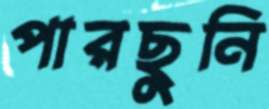
পারছুনি